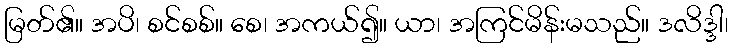
မြတ်၏။ အပိ၊ စင်စစ်။ စေ၊ အကယ်၍။ ယာ၊ အကြင်မိန်းမသည်။ ဒလိဒ္ဒါ၊